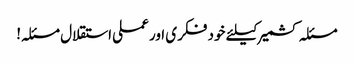
مسئلہ کشمیر کیلئے خود فکری اور عملی استقلال مسئلہ!